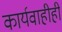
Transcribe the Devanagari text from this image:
कार्यवाहीही